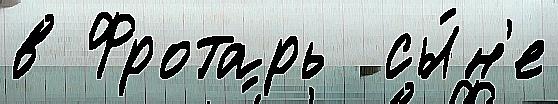
в Фротарь  сы́н'е